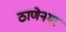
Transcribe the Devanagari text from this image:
ठाणेनगर